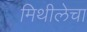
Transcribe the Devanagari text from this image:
मिथीलेचा